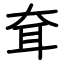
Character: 耷